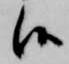
候